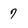
Character: 7